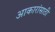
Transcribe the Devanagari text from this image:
आकारांसाठी